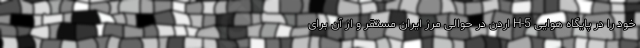
خود را در پایگاه هوایی H-5 اردن در حوالی مرز ایران مستقر و از آن برای